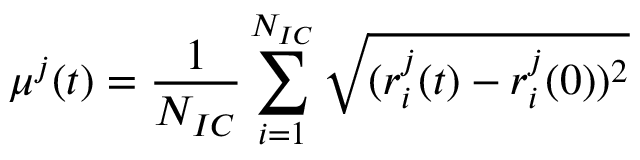
\mu ^ { j } ( t ) = \frac { 1 } { N _ { I C } } \sum _ { i = 1 } ^ { N _ { I C } } \sqrt { ( r _ { i } ^ { j } ( t ) - r _ { i } ^ { j } ( 0 ) ) ^ { 2 } }